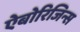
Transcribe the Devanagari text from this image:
ऐबोरिजिन्स